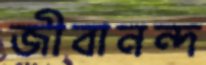
জীবানন্দ